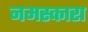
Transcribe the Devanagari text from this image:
नमस्कारा